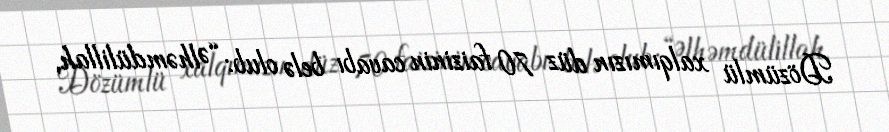
Dözümlü xalqımızın düz 70 faizinin cavabı belə olub: “Əlhəmdülillah,